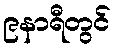
၉နာရီတွင်